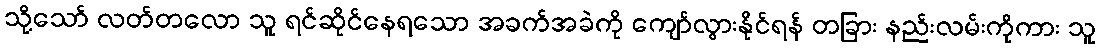
သို့သော် လတ်တလော သူ ရင်ဆိုင်နေရသော အခက်အခဲကို ကျော်လွားနိုင်ရန် တခြား နည်းလမ်းကိုကား သူ